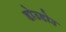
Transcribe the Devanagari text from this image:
डोउडोउ